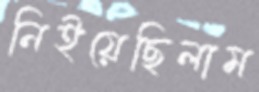
নিইয়েছিলাম